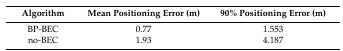
<table><thead><tr><td><b>Algorithm</b></td><td><b>Mean Positioning Error (m)</b></td><td><b>90% Positioning Error (m)</b></td></tr></thead><tbody><tr><td>BP-BEC</td><td>0.77</td><td>1.553</td></tr><tr><td>no-BEC</td><td>1.93</td><td>4.187</td></tr></tbody></table>